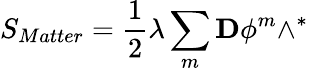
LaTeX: S_{Matter}=\frac{1}{2}\lambda\sum_{m}\mathbf{D}\phi^{m}\wedge^{\ast}